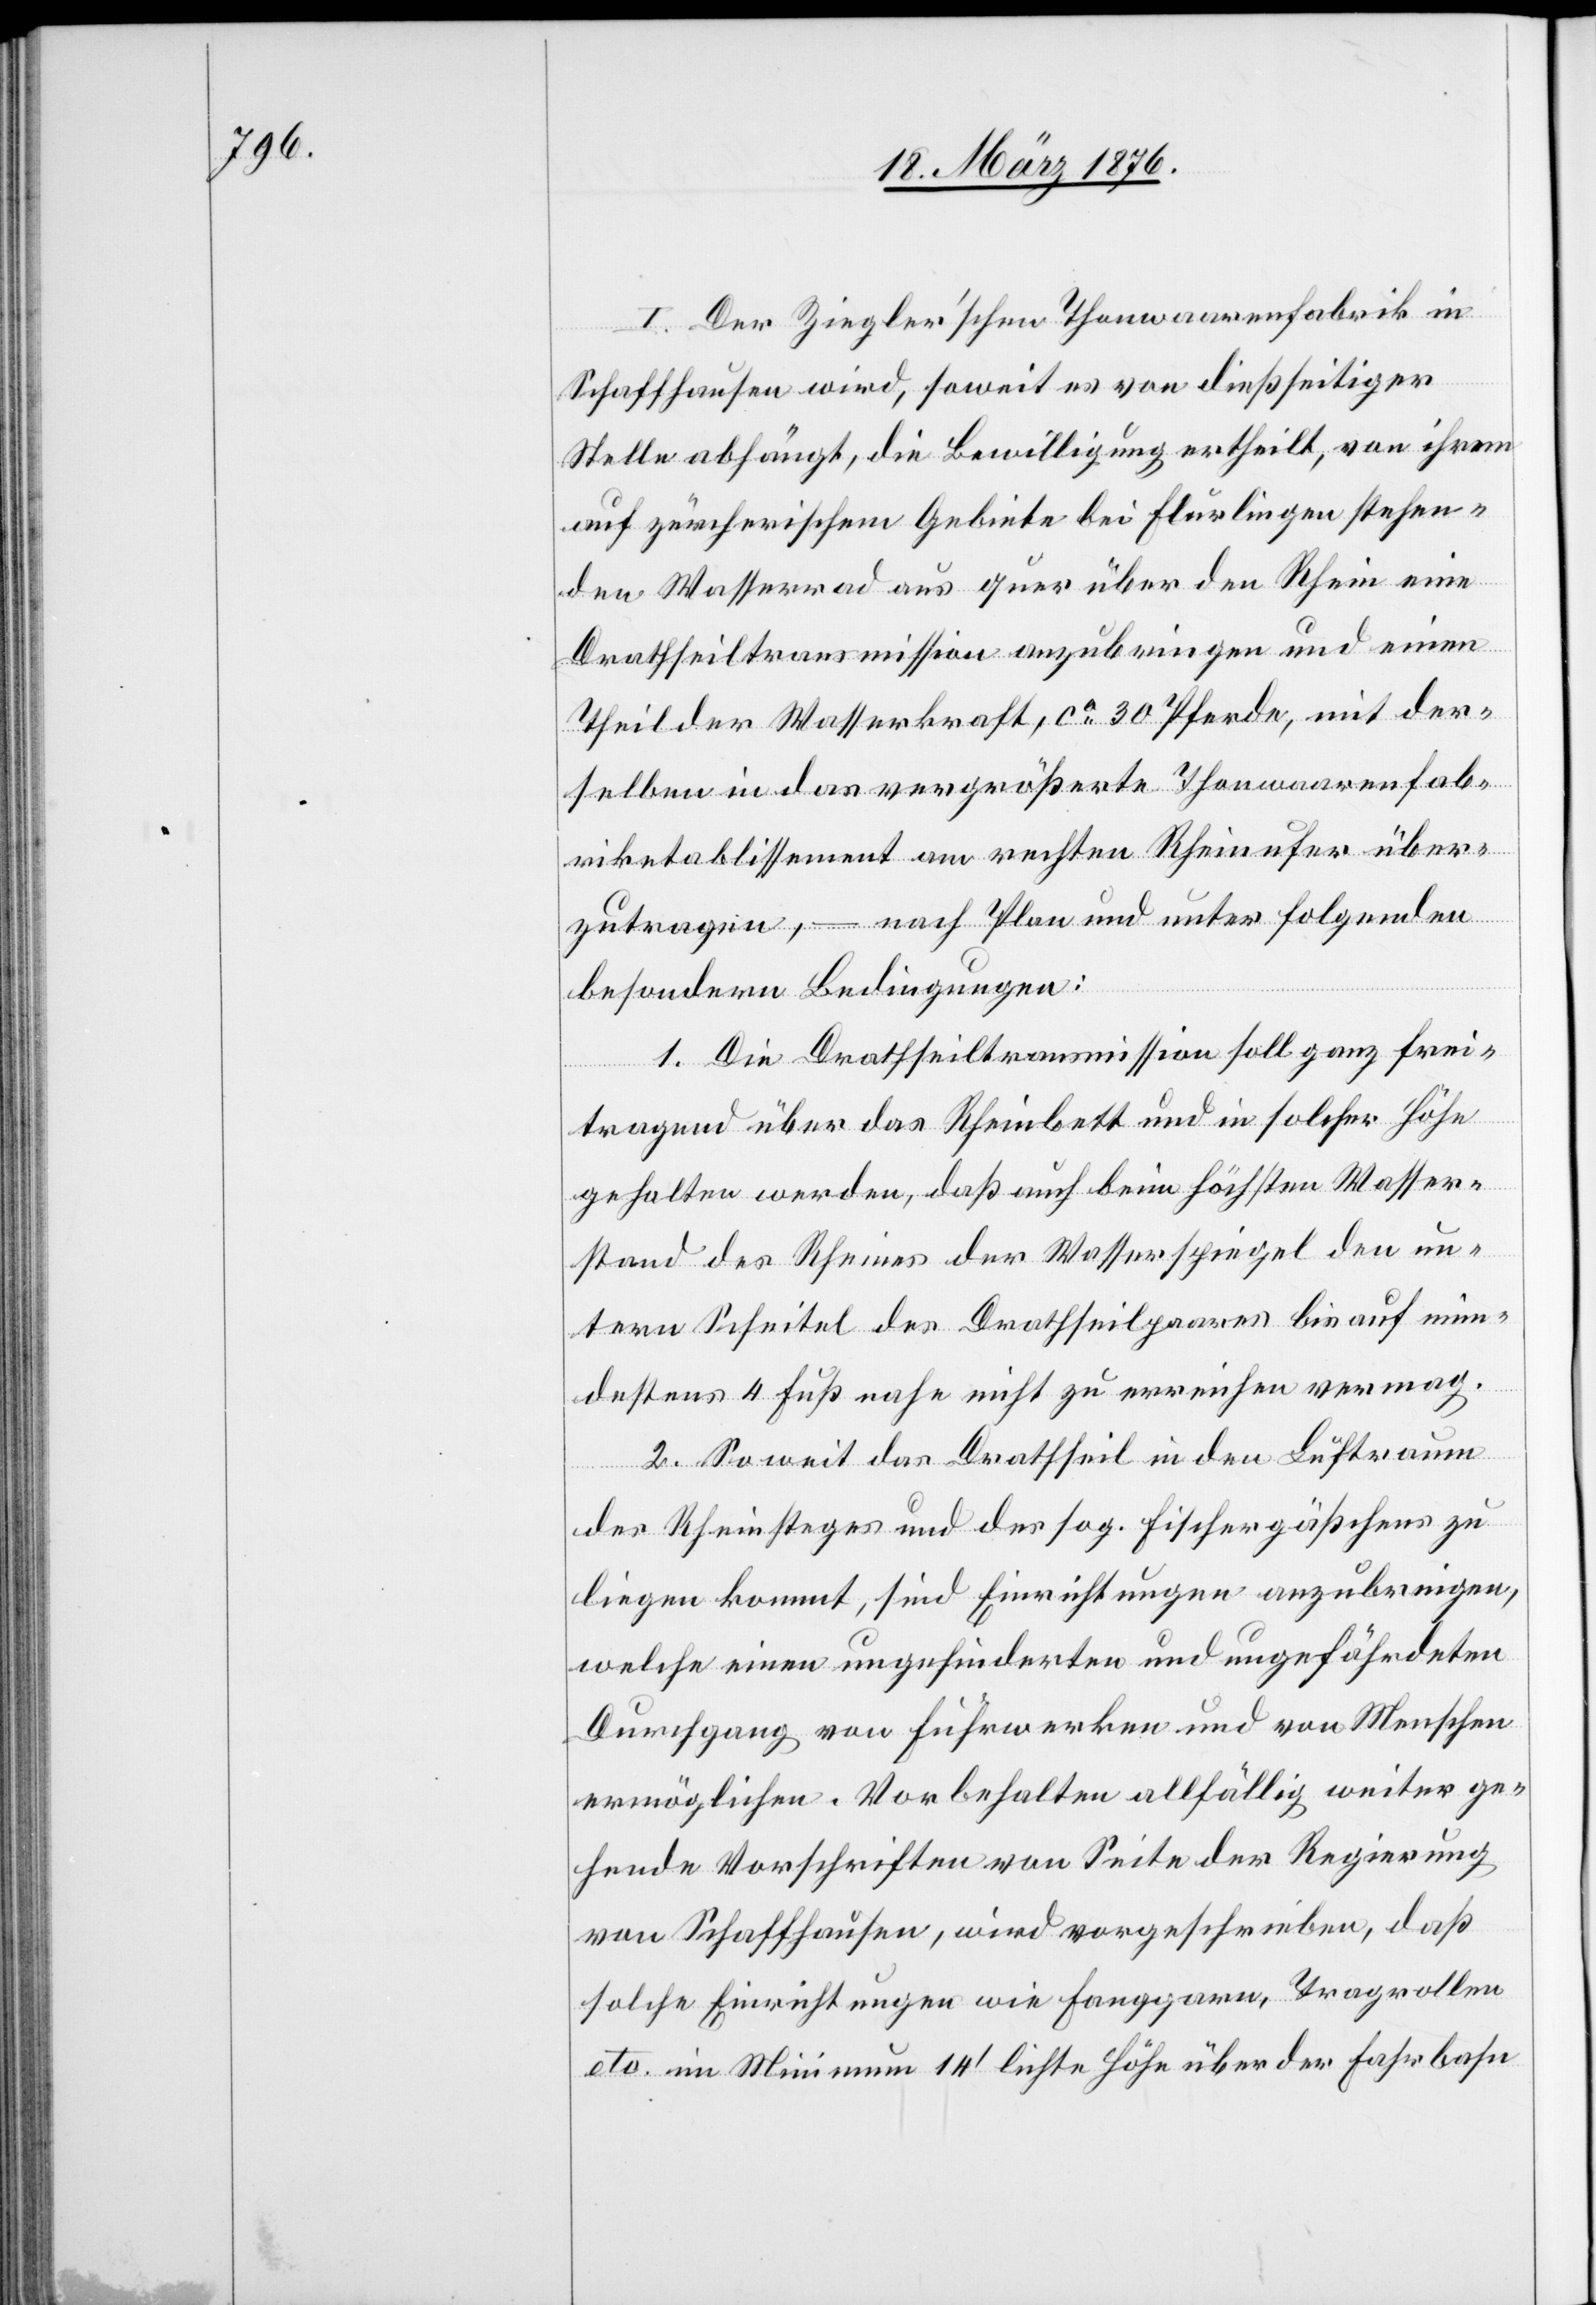
I. Der Ziegler’schen Thonwaarenfabrik in
Schaffhausen wird, soweit es von dießseitiger
Stelle abhängt, die Bewilligung ertheilt, von ihrem
auf zürcherischem Gebiete bei Flurlingen stehen¬
den Wasserrad aus quer über den Rhein eine
Drathseiltransmission anzubringen und einen
Theil der Wasserkraft, ca 30 Pferde, mit der¬
selben in das vergrößerte Thonwaarenfab¬
riketablissement am rechten Rheinufer über¬
zutragen, – nach Plan und unter folgenden
besondern Bedingungen:
1. Die Drathseiltransmission soll ganz frei¬
tragend über das Rheinbett und in solcher Höhe
gehalten werden, daß auch beim höchsten Wasser¬
stand des Rheines der Wasserspiegel den un¬
tern Scheitel des Drathseilpaares bis auf min¬
destens 4 Fuß nahe nicht zu erreichen vermag.
2. Soweit das Drathseil in den Luftraum
des Rheinsteges und der sog. Fischergäßchen zu
liegen kommt, sind Einrichtungen anzubringen,
welche einen ungehinderten und ungefährdeten
Durchgang von Fuhrwerken und von Menschen
ermöglichen. Vorbehalten allfällig weiter ge¬
hende Vorschriften von Seite der Regierung
von Schaffhausen, wird vorgeschrieben, daß
solche Einrichtungen wie Fangarm, Tragrollen
etc. im Minimum 14’ lichte Höhe über der Fahrbahn